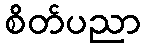
စိတ်ပညာ